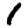
Digit: 1